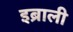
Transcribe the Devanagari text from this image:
इब्राली